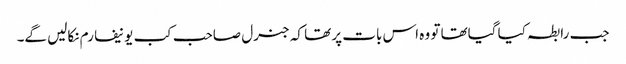
جب رابطہ کیا گیاتھا تو وہ اس بات پر تھا کہ جنرل صاحب کب یونیفارم نکالیں گے۔